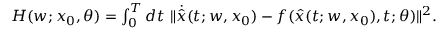
\begin{array} { r } { H ( w ; x _ { 0 } , \theta ) = \int _ { 0 } ^ { T } d t \ \lVert \dot { \hat { x } } ( t ; w , x _ { 0 } ) - f ( \hat { x } ( t ; w , x _ { 0 } ) , t ; \theta ) \lVert ^ { 2 } . } \end{array}